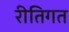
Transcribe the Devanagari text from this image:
रीतिगत